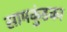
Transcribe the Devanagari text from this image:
सामकुंडका